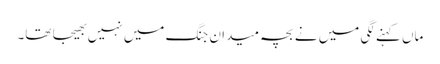
ماں کہنے لگی میں نے بچہ میدان جنگ میں نہیں بھیجا تھا۔